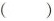
（ )